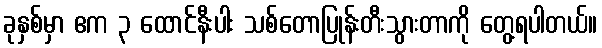
ခုနှစ်မှာ ဧက ၃ ထောင်နီးပါး သစ်တောပြုန်းတီးသွားတာကို တွေ့ရပါတယ်။